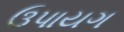
ઉપાયગ